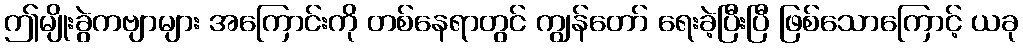
ဤမျိုးခွဲကဗျာများ အကြောင်းကို တစ်နေရာတွင် ကျွန်တော် ရေးခဲ့ပြီးပြီ ဖြစ်သောကြောင့် ယခု